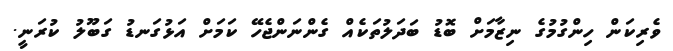
ވެރިކަން ހިންގުމުގެ ނިޒާމަށް ބޮޑު ބަދަލުތަކެއް ގެންނަންޖެހޭ ކަމަށް އަޅުގަނޑު ގަބޫލު ކުރަނީ.